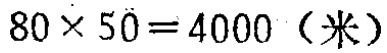
\(80\times 50 = 4000（米）\)